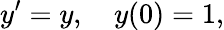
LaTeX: y^{\prime}=y,\quad y(0)=1,